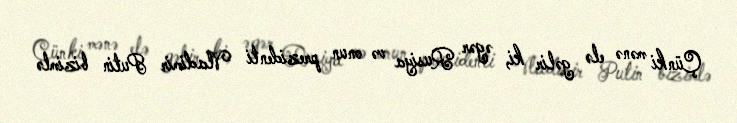
Çünki mənə elə gəlir ki, əgər Rusiya və onun prezidenti Vladimir Putin bizimlə